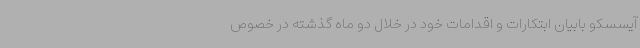
آیسسکو بابیان ابتکارات و اقدامات خود در خلال دو ماه گذشته در خصوص